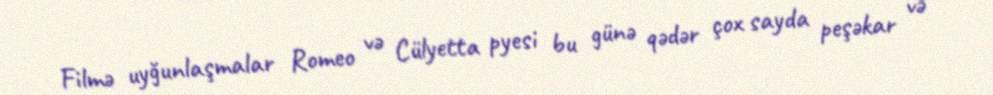
Filmə uyğunlaşmalar Romeo və Cülyetta pyesi bu günə qədər çox sayda peşəkar və